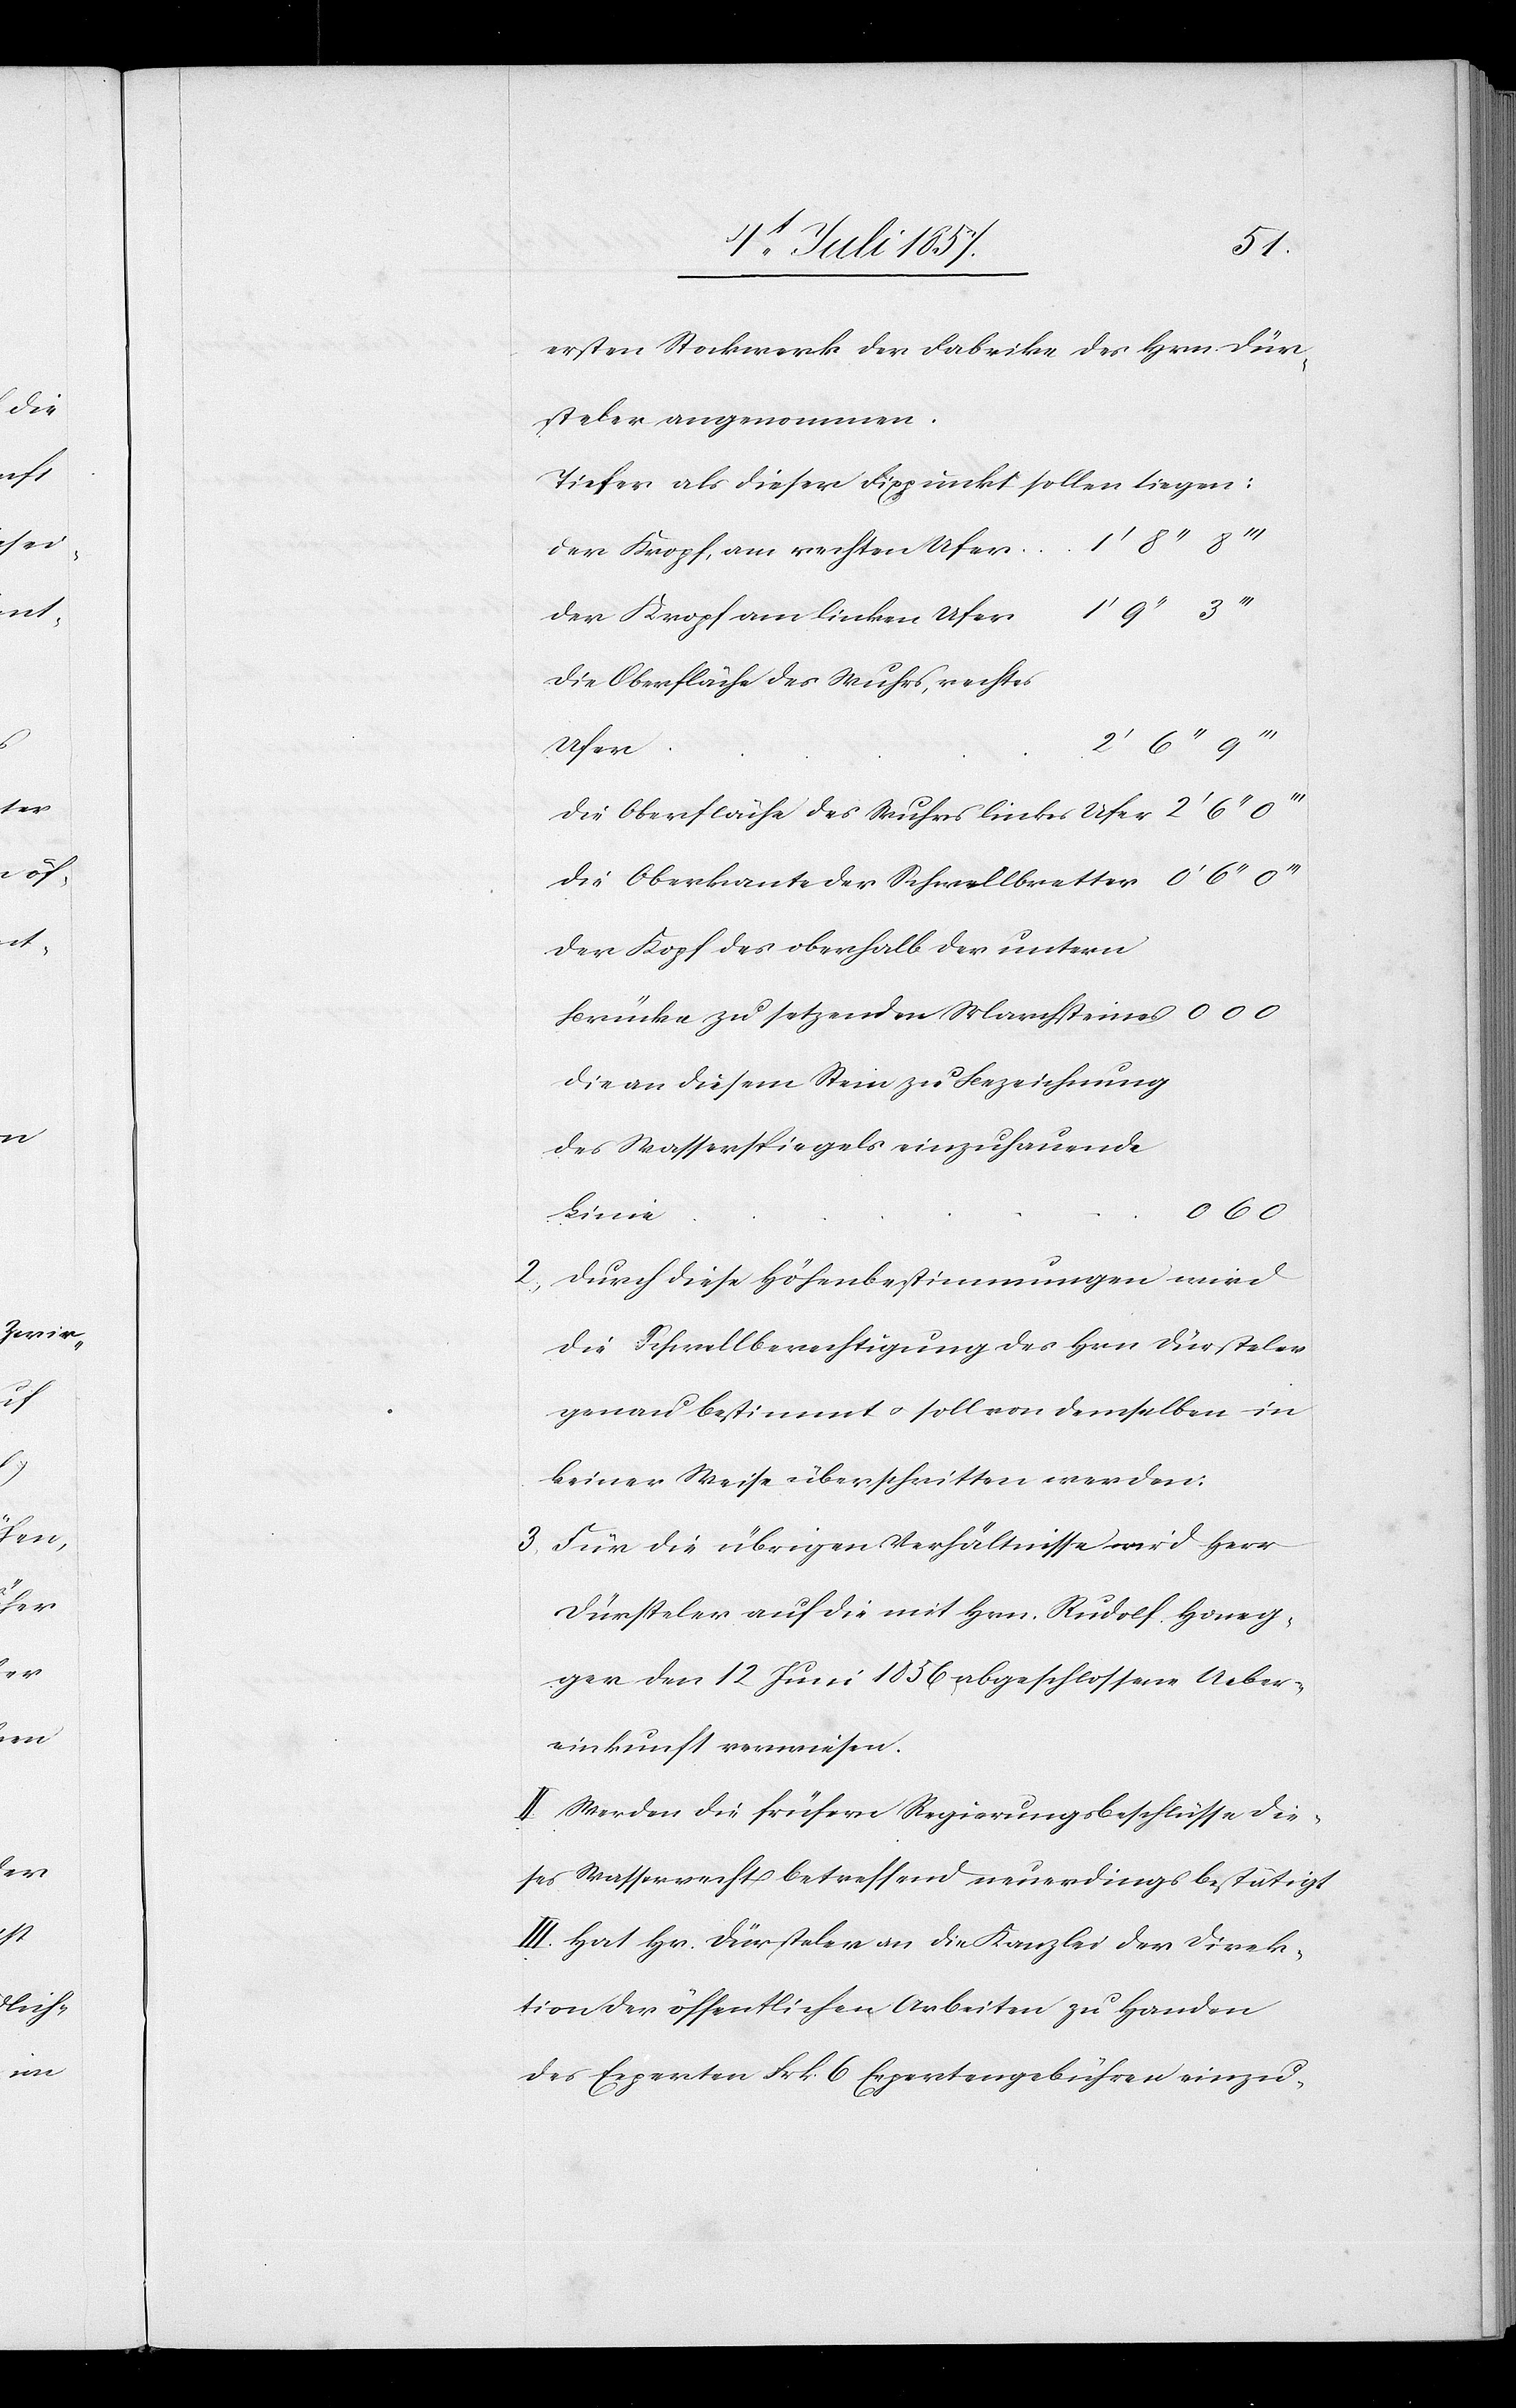
ersten Stockwerk der Fabrike des Hrn Dür¬
steler angenommen.
Tiefer als dieser Fixpunkt sollen liegen:
Der Kropf, am rechten Ufer						1’
Die Oberfläche des Wuhrs, rechtes
Die Oberfläche des Wuhres linkes Ufer						2’
Die Oberkante der Schwellbretter
Der Kropf des oberhalb der untern
Brücke zu setzenden Marchsteines	0[’]
Die an diesem Stein zu Bezeichnung
des Wasserspiegels einzuhauende
2. Durch diese Höhenbestimmungen wird
die Schwellberechtigung des Hrn. Dürsteler
genau bestimmt & soll von demselben in
keiner Weise überschritten werden.
3. Für die übrigen Verhältnisse wird Herr
Dürsteler auf die mit Hrn. Rudolf Honeg¬
ger den 12 Juni 1856 abgeschlossene Ueber¬
einkunft verwiesen.
II. Werden die frühern Regierungsbeschlüsse die¬
ses Wasserrecht betreffend neuerdings bestätigt.
III. Hat Hr. Dürsteler an die Kanzlei der Direk¬
tion der öffentlichen Arbeiten zu Handen
des Experten Frk. 6 Expertengebühren einzu-